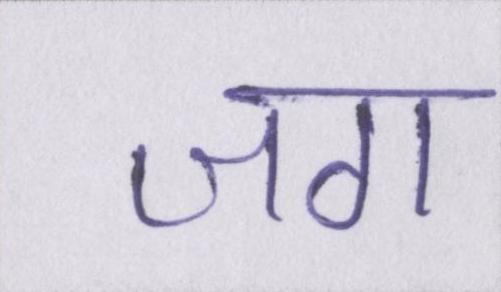
जग